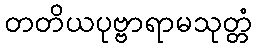
တတိယပုဗ္ဗာရာမသုတ္တံ